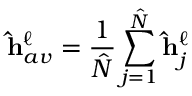
\mathbf { \hat { h } } _ { a v } ^ { \ell } = \frac { 1 } { \hat { N } } \sum _ { j = 1 } ^ { \hat { N } } \mathbf { \hat { h } } _ { j } ^ { \ell }